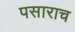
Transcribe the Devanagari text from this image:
पसाराच